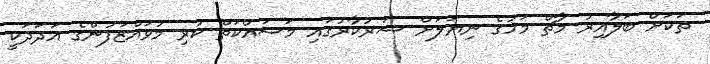
ތަކަށް ބަލާއިރު މާޗް މަހުގެ ނިޔަލަށް ސަރުކާރުގައި މަސައްކަތް ކުރި މުވައްޒަފުންގެ އަދަދަކީ